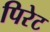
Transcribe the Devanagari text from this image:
पिरेट